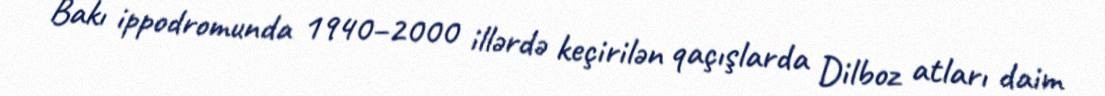
Bakı ippodromunda 1940–2000 illərdə keçirilən qaçışlarda Dilboz atları daim